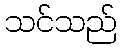
သင်သည်